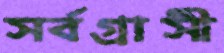
সর্বগ্রাসী